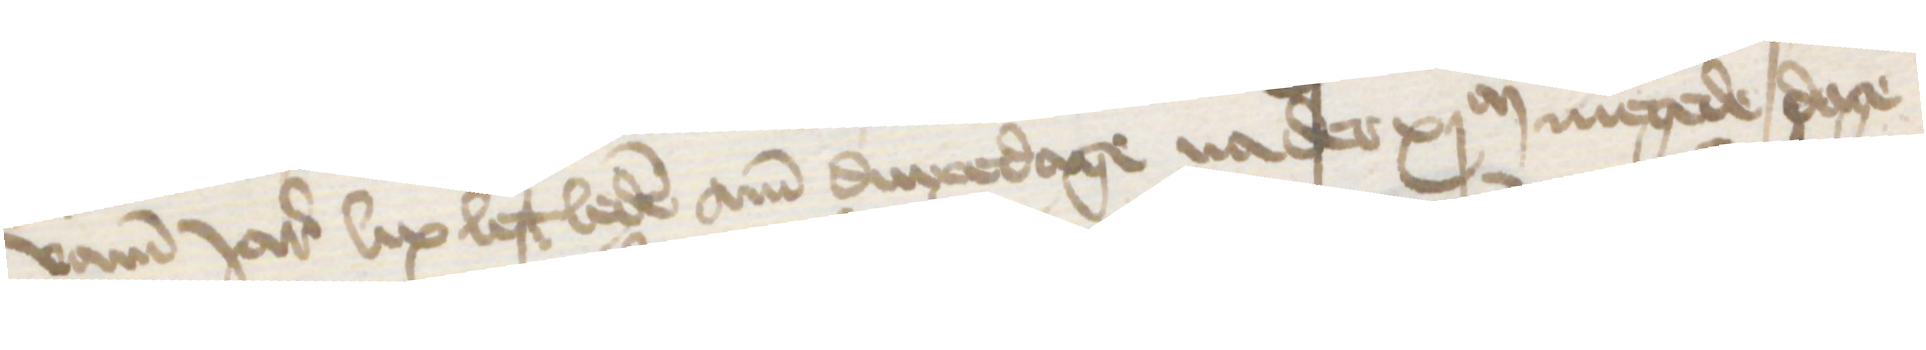
vamm Jares lix lest leden am dinxedage na der xjM megede dage